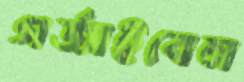
গর্‌জাইবেন